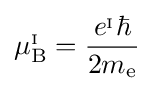
\mu _{\mathrm {B} }^{_{\mathrm {I} }}={\frac {e^{_{\mathrm {I} }}\hbar }{2m_{\mathrm {e} }}}